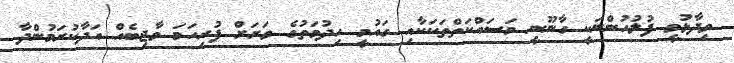
ވިދާޅުވީ ފުލުހުންނަކީ ގާނޫނީ މަސައްކަތްތަކަކާއި ގައުމީ ހިދުމަތުގެ ވަރަށް ފުރިހަމަ ވާޖިބެއް އަދާކުރަމުންދާ